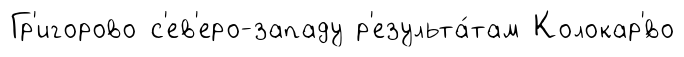
Гр'игорово с'ев'еро-западу р'езульта́там Колокар'́во